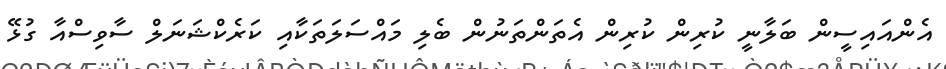
އެންއައިސީން ބަލާނީ ކުރިން ކުރިން އެތަންތަނުން ބެލި މައްސަލަތަކާއި ކަރެކްޝަނަލް ސާވިސްއާ ގުޅޭ